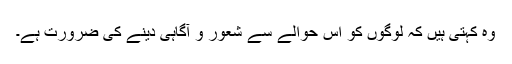
وہ کہتی ہیں کہ لوگوں کو اس حوالے سے شعور و آگاہی دینے کی ضرورت ہے۔